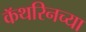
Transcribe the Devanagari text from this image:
कॅथरिनच्या